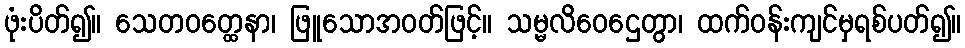
ဖုံးပိတ်၍။ သေတဝတ္ထေနာ၊ ဖြူသောအဝတ်ဖြင့်။ သမ္မလိဝေဌေတွာ၊ ထက်ဝန်းကျင်မှရစ်ပတ်၍။